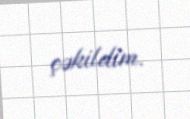
çəkildim.